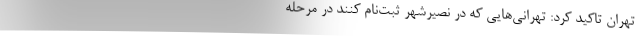
تهران تاکید کرد: تهرانی‌هایی که در نصیرشهر ثبت‌نام کنند در مرحله